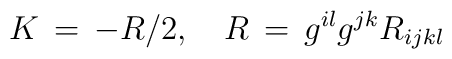
K\,=\,-R/2, \quad R\,=\,g^{il}g^{jk}R_{ijkl}